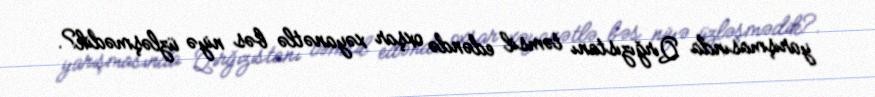
yarışmasında Qırğızıstanı təmsil edəndə oxşar xəyanətlə bəs niyə üzləşmədik?.